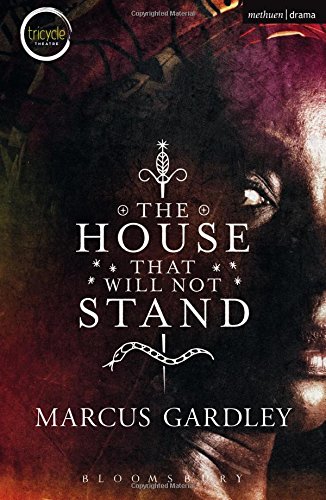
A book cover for The House That Will Not Stand (Modern Plays); Marcus Gardley; Literature & Fiction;